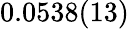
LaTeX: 0.0538(13)